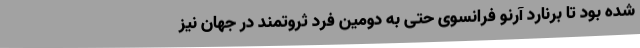
شده بود تا برنارد آرنو فرانسوی حتی به دومین فرد ثروتمند در جهان نیز